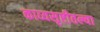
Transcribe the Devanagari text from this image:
काव्यसृष्टीतल्या